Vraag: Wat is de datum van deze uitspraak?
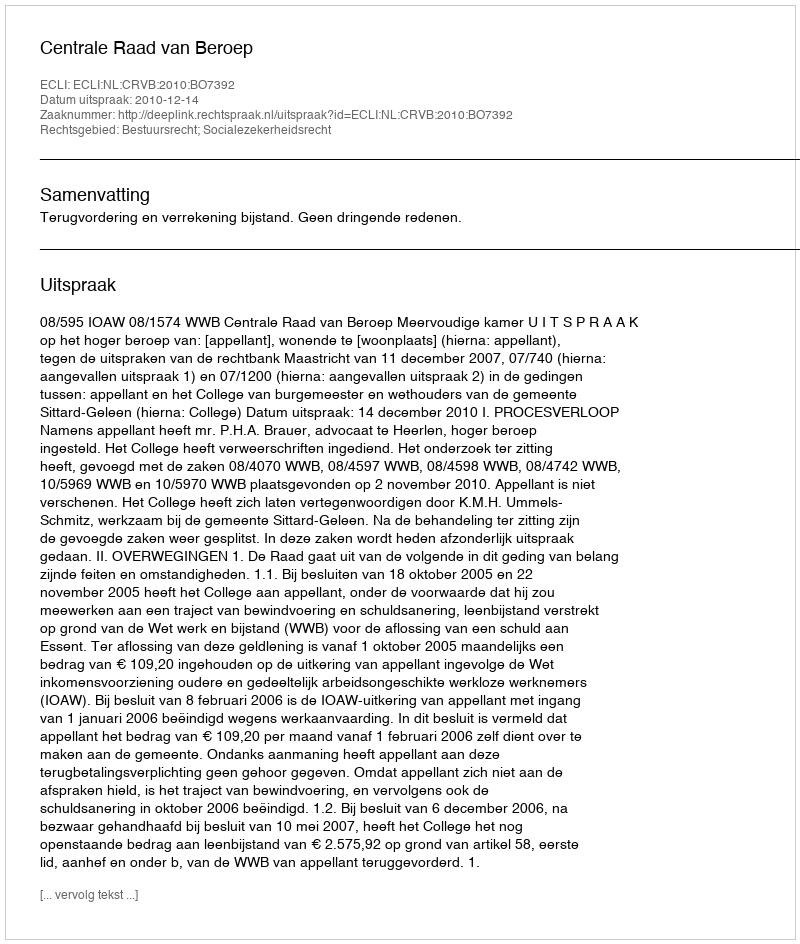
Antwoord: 2010-12-14